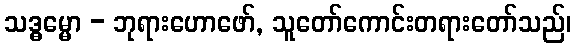
သဒ္ဓမ္မော - ဘုရားဟောဖော်, သူတော်ကောင်းတရားတော်သည်၊